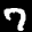
Label: 7